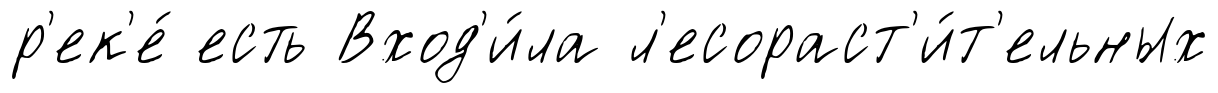
р'ек'е́ есть Вход'и́ла л'есораст'и́т'ельных